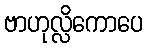
ဗာဟုလ္လိကောပေ